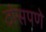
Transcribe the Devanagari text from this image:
ठोसपणे